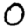
Digit: 0